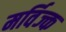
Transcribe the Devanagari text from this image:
मर्विज्क